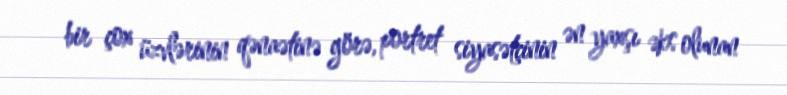
bir çox üzvlərinin qənaətinə görə, portret siyasətçinin ən yaxşı əks olunan